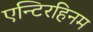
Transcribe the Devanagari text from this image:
एन्टिरहिनम